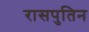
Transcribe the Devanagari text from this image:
रासपुतिन